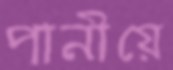
পানীয়ে